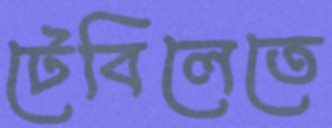
টেবিলেতে